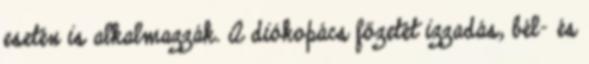
esetén is alkalmazzák. A diókopács főzetét izzadás, bél- és